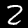
Digit: 2